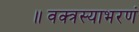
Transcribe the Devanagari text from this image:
॥वक्त्रस्याभरणं